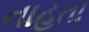
નાહતા